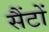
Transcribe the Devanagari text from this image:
सैंटों